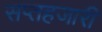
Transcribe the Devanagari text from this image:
सप्तहजारी